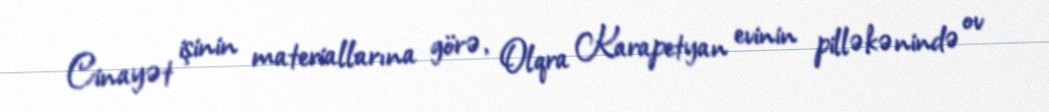
Cinayət işinin materiallarına görə, Olqra Karapetyan evinin pilləkənində ov